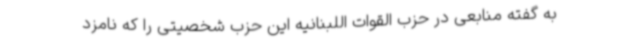
به گفته منابعی در حزب القوات اللبنانیه این حزب شخصیتی را که نامزد